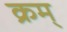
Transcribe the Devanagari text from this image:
क्रम्